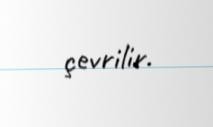
çevrilir.